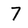
Character: 7